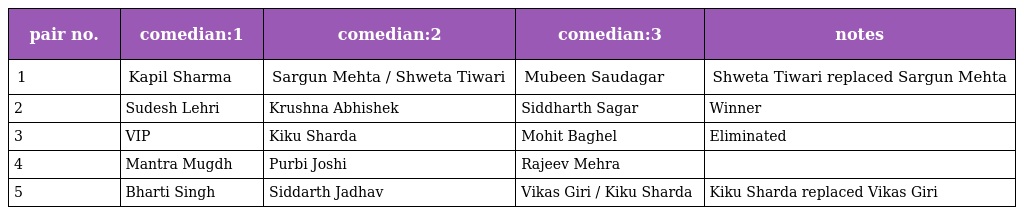
| pair no. | comedian:1 | comedian:2 | comedian:3 | notes |
 | --- | --- | --- | --- | --- |
 | 1 | Kapil Sharma | Sargun Mehta / Shweta Tiwari | Mubeen Saudagar | Shweta Tiwari replaced Sargun Mehta |
 | 2 | Sudesh Lehri | Krushna Abhishek | Siddharth Sagar | Winner |
 | 3 | VIP | Kiku Sharda | Mohit Baghel | Eliminated |
 | 4 | Mantra Mugdh | Purbi Joshi | Rajeev Mehra |  |
 | 5 | Bharti Singh | Siddarth Jadhav | Vikas Giri / Kiku Sharda | Kiku Sharda replaced Vikas Giri |